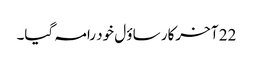
22 آ خرکار ساؤ ل خود رامہ گیا۔